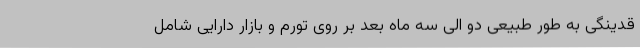
قدینگی به طور طبیعی دو الی سه ماه بعد بر روی تورم و بازار دارایی شامل